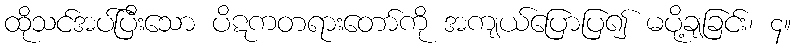
ထိုသင်အပ်ပြီးသော ပိဋကတရားတော်ကို အကျယ်ပြောပြ၍ မပို့ချခြင်း၊ ၄။